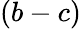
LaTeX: (b-c)